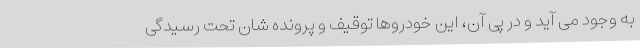
به وجود می آید و در پی آن، این خودروها توقیف و پرونده شان تحت رسیدگی